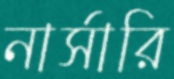
নার্সারি